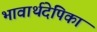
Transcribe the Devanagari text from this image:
भावार्थदेपिका